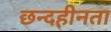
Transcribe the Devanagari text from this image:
छन्दहीनता